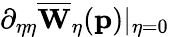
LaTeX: \partial_{\eta\eta}\overline{{\mathbf{W}}}_{\eta}(\mathbf{p})\vert_{\eta=0}